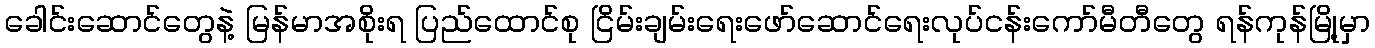
ခေါင်းဆောင်တွေနဲ့ မြန်မာအစိုးရ ပြည်ထောင်စု ငြိမ်းချမ်းရေးဖော်ဆောင်ရေးလုပ်ငန်းကော်မီတီတွေ ရန်ကုန်မြို့မှာ